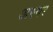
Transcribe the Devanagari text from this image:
अस्गर